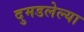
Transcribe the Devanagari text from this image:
दुमडलेल्या